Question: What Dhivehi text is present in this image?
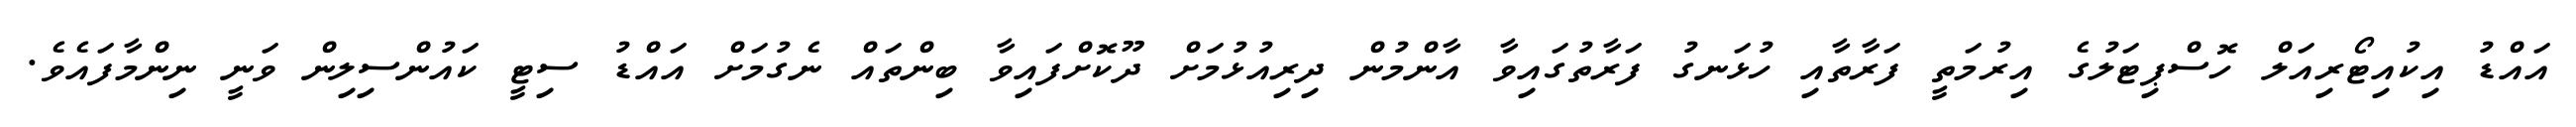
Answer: އައްޑު އިކުއިޓޯރިއަލް ހޮސްޕިޓަލުގެ އިރުމަތީ ފަރާތާއި ހުޅަނގު ފަރާތުގައިވާ އާންމުން ދިރިއުޅުމަށް ދޫކޮށްފައިވާ ބިންތައް ނެގުމަށް އައްޑު ސިޓީ ކައުންސިލިން ވަނީ ނިންމާފައެވެ.